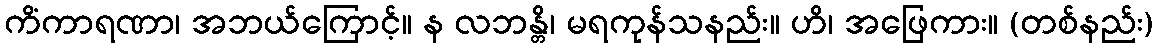
ကိံကာရဏာ၊ အဘယ်ကြောင့်။ န လဘန္တိ၊ မရကုန်သနည်း။ ဟိ၊ အဖြေကား။ (တစ်နည်း)